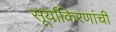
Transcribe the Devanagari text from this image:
सूर्याकिरणांची